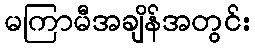
မကြာမီအချိန်အတွင်း